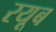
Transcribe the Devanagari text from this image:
रयूब